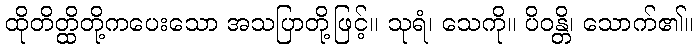
ထိုတိတ္ထိတို့ကပေးသော အသပြာတို့ဖြင့်။ သုရံ၊ သေကို။ ပိဝန္တိ၊ သောက်၏။